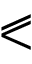
\eqslantless